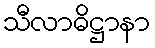
သီလာဓိဋ္ဌာနာ